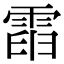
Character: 𩃡